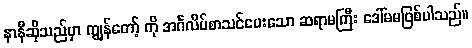
နာနီဆိုသည်မှာ ကျွန်တော့် ကို အင်္ဂလိပ်စာသင်ပေးသော ဆရာမကြီး ဒေါ်မမဖြစ်ပါသည်။